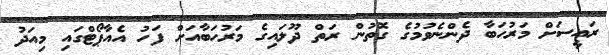
ރައީސަށް މަރުހަބާ ދެންނެވުމުގެ ގޮތުން ރަތް ދޫލައިގެ މަރުހަބާއަށް ފަހު އެއާޕޯޓްގައި މިއަދު